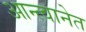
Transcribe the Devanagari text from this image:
आन्त्वानेत